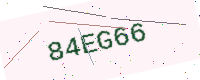
Text: 84EG66